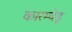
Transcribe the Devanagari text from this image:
कारम्चेडू